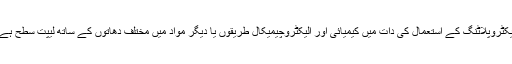
الیکٹروپلاٹنگ کے استعمال کی دات میں کیمیائی اور الیکٹروچیمیکال طریقوں یا دیگر مواد میں مختلف دھاتوں کے ساتھ لیپت سطح ہے ۔